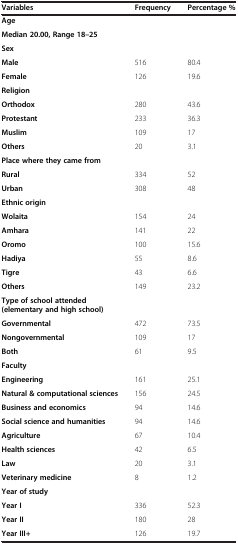
| Variables | Frequency | Percentage % |
 | --- | --- | --- |
 | Age | <ROWSPAN=2>  | <ROWSPAN=2>  |
 | Median 20.00, Range 18–25 |
 | Sex |  |  |
 | Male | 516 | 80.4 |
 | Female | 126 | 19.6 |
 | Religion |  |  |
 | Orthodox | 280 | 43.6 |
 | Protestant | 233 | 36.3 |
 | Muslim | 109 | 17 |
 | Others | 20 | 3.1 |
 | Place where they came from |  |  |
 | Rural | 334 | 52 |
 | Urban | 308 | 48 |
 | Ethnic origin |  |  |
 | Wolaita | 154 | 24 |
 | Amhara | 141 | 22 |
 | Oromo | 100 | 15.6 |
 | Hadiya | 55 | 8.6 |
 | Tigre | 43 | 6.6 |
 | Others | 149 | 23.2 |
 | Type of school attended (elementary and high school) |  |  |
 | Governmental | 472 | 73.5 |
 | Nongovernmental | 109 | 17 |
 | Both | 61 | 9.5 |
 | Faculty |  |  |
 | Engineering | 161 | 25.1 |
 | Natural & computational sciences | 156 | 24.5 |
 | Business and economics | 94 | 14.6 |
 | Social science and humanities | 94 | 14.6 |
 | Agriculture | 67 | 10.4 |
 | Health sciences | 42 | 6.5 |
 | Law | 20 | 3.1 |
 | Veterinary medicine | 8 | 1.2 |
 | Year of study |  |  |
 | Year I | 336 | 52.3 |
 | Year II | 180 | 28 |
 | Year III+ | 126 | 19.7 |